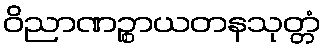
ဝိညာဏဉ္စာယတနသုတ္တံ